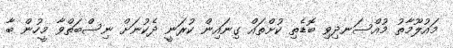
މައުލޫމާތު މުއްސަނދިވި ބޮޑެތި ކުށްތައް ގިނައިން ކުރަނީ ދެކުނަށް ނިސްބަތްވާ މީހުން ބާ